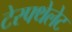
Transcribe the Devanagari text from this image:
टेरफ्थेलेट